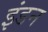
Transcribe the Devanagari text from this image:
इंडन